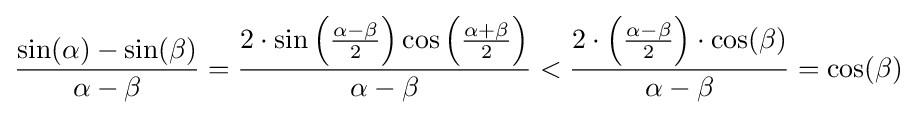
{\frac {\sin(\alpha )-\sin(\beta )}{\alpha -\beta }}={\frac {2\cdot \sin \left({\frac {\alpha -\beta }{2}}\right)\cos \left({\frac {\alpha +\beta }{2}}\right)}{\alpha -\beta }}<{\frac {2\cdot \left({\frac {\alpha -\beta }{2}}\right)\cdot \cos(\beta )}{\alpha -\beta }}=\cos(\beta )